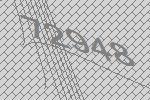
72948